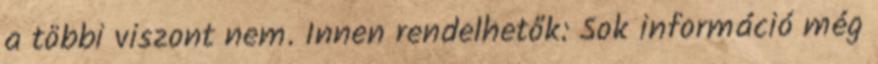
a többi viszont nem. Innen rendelhetők: Sok információ még